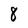
Character: 8